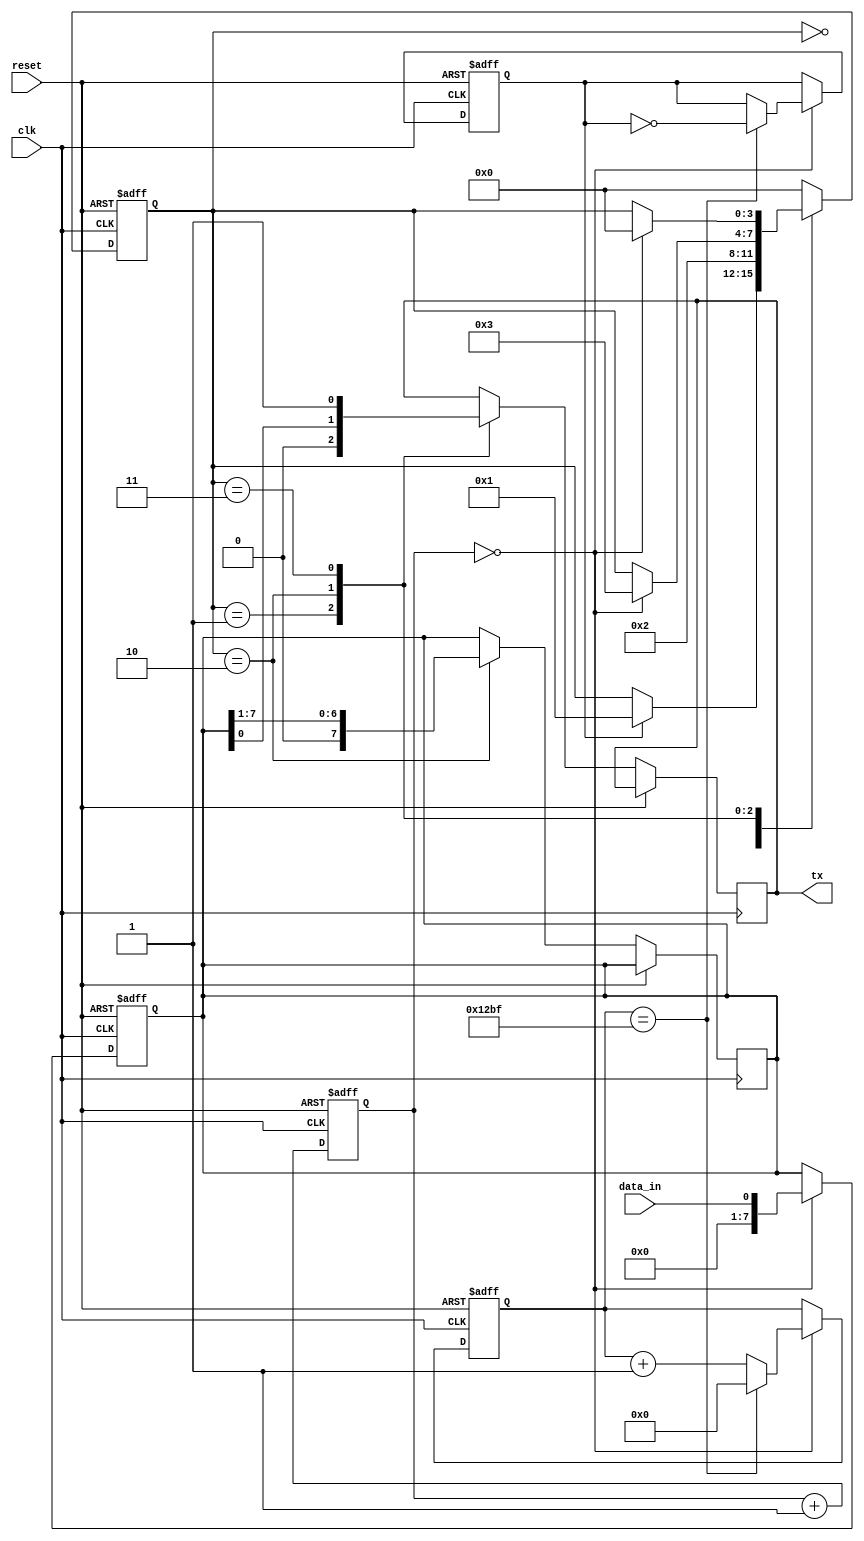
module uart_transmitter (
  input wire reset,
  input wire clk,
  input wire data_in,
  output wire tx
);

// Clock generator block
reg [7:0] counter;
always @(posedge clk or posedge reset)
begin
  if (reset)
    counter <= 8'b0;
  else
    counter <= counter + 1;
end

// Baud rate generator block
parameter BAUD_RATE = 9600;
reg [15:0] baud_counter;
reg tick;
always @(posedge clk or posedge reset)
begin
  if (reset)
  begin
    baud_counter <= 16'b0;
    tick <= 1'b0;
  end
  else if (counter == 8'b0)
  begin
    if (baud_counter == BAUD_RATE/2 - 1)
    begin
      baud_counter <= 16'b0;
      tick <= ~tick;
    end
    else
      baud_counter <= baud_counter + 1;
  end
end

// Data buffer block
reg [7:0] data_buffer;
always @(posedge clk or posedge reset)
begin
  if (reset)
    data_buffer <= 8'b0;
  else if (counter == 8'b0)
    data_buffer <= data_in;
end

// Control logic block
reg [3:0] state;
parameter IDLE = 4'b0000;
parameter START_BIT = 4'b0001;
parameter DATA_BITS = 4'b0010;
parameter STOP_BIT = 4'b0011;

always @(posedge clk or posedge reset)
begin
  if (reset)
    state <= IDLE;
  else
  begin
    case(state)
      IDLE: begin
        if (tick)
          state <= START_BIT;
      end
      START_BIT: begin
        tx <= 1'b0;
        state <= DATA_BITS;
      end
      DATA_BITS: begin
        tx <= data_buffer[0];
        data_buffer <= {1'b0, data_buffer[7:1]};
        if (counter == 8'b0)
          state <= STOP_BIT;
      end
      STOP_BIT: begin
        tx <= 1'b1;
        if (counter == 8'b0)
          state <= IDLE;
      end
      default: state <= IDLE;
    endcase
  end
end

endmodule